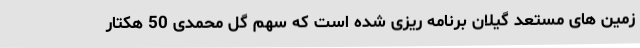
زمین های مستعد گیلان برنامه ریزی شده است که سهم گل محمدی 50 هکتار